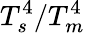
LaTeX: T_{s}^{4}/T_{m}^{4}